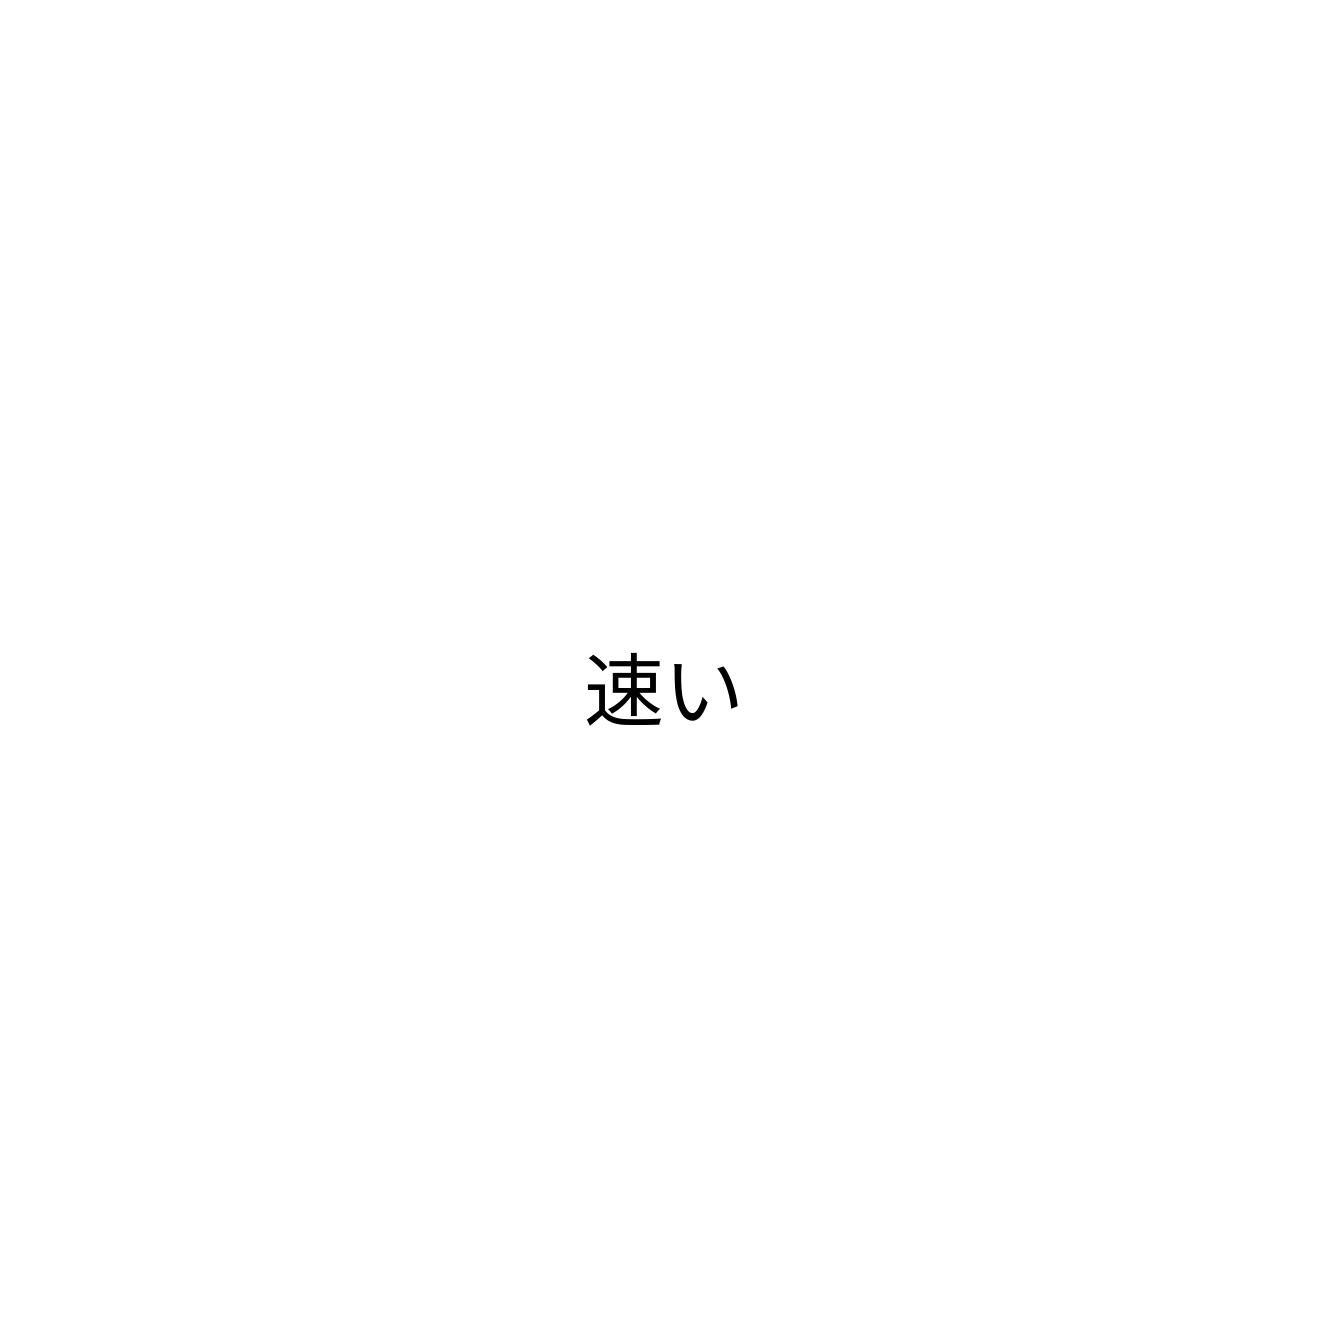
速い